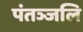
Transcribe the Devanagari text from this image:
पंतञ्जलि